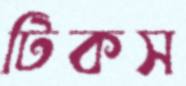
টিকস